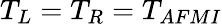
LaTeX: T_{L}=T_{R}=T_{AFMI}